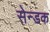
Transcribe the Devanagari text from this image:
सेन्डक